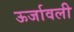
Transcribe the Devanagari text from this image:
ऊर्जावली